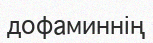
дофаминнің